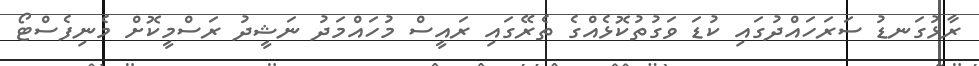
ރާޅުގަނޑު ސަރަހައްދުގައި ކުޑަ ވަގުތުކޮޅެއްގެ ތެރޭގައި ރައީސް މުހައްމަދު ނަޝީދު ރަސްމީކޮށް މެނިފެސްޓޯ